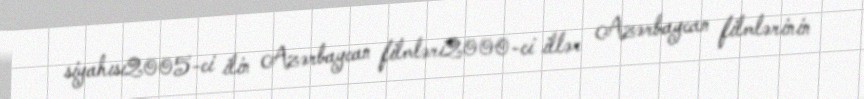
siyahısı2005-ci ilin Azərbaycan filmləri2000-ci illər Azərbaycan filmlərinin